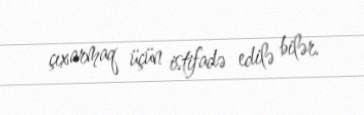
çıxarmaq üçün istifadə edilə bilər.